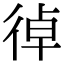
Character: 𢔄